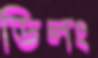
ডিলং